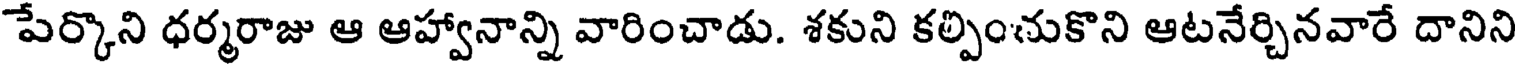
పేర్కొని ధర్మరాజు ఆ ఆహ్వానాన్ని వారించాడు. శకుని కల్పించుకొని ఆటనేర్చినవారే దానిని